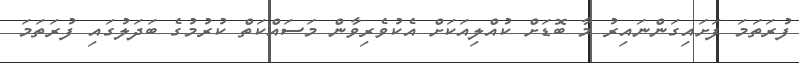
ފުރަތަމަ ފަށައިގަންނައިރު މާ ބޮޑަށް ކުއްލިއަކަށް އެކުވެރިވާން މަސައްކަތް ކުރުމުގެ ބަދަލުގައި ފުރަތަމަ